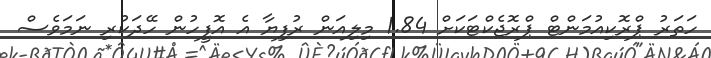
ހަތަރު ޕްރޮކިއުމަންޓް ޕްރޮޖެކްޓަކަށް 1.84 މިލިއަން ރުފިޔާ އެ އޮފީހުން ހޭދަކުރި ނަމަވެސް